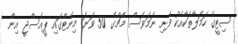
ސިޓީގެ ހަމަލާތަކާއެކު ފެށި ނަމަވެސް މެޗްގެ 50 ވަނަ މިނެޓްގައި ޕީއެސްޖީ އިން